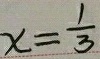
x = \frac { 1 } { 3 }